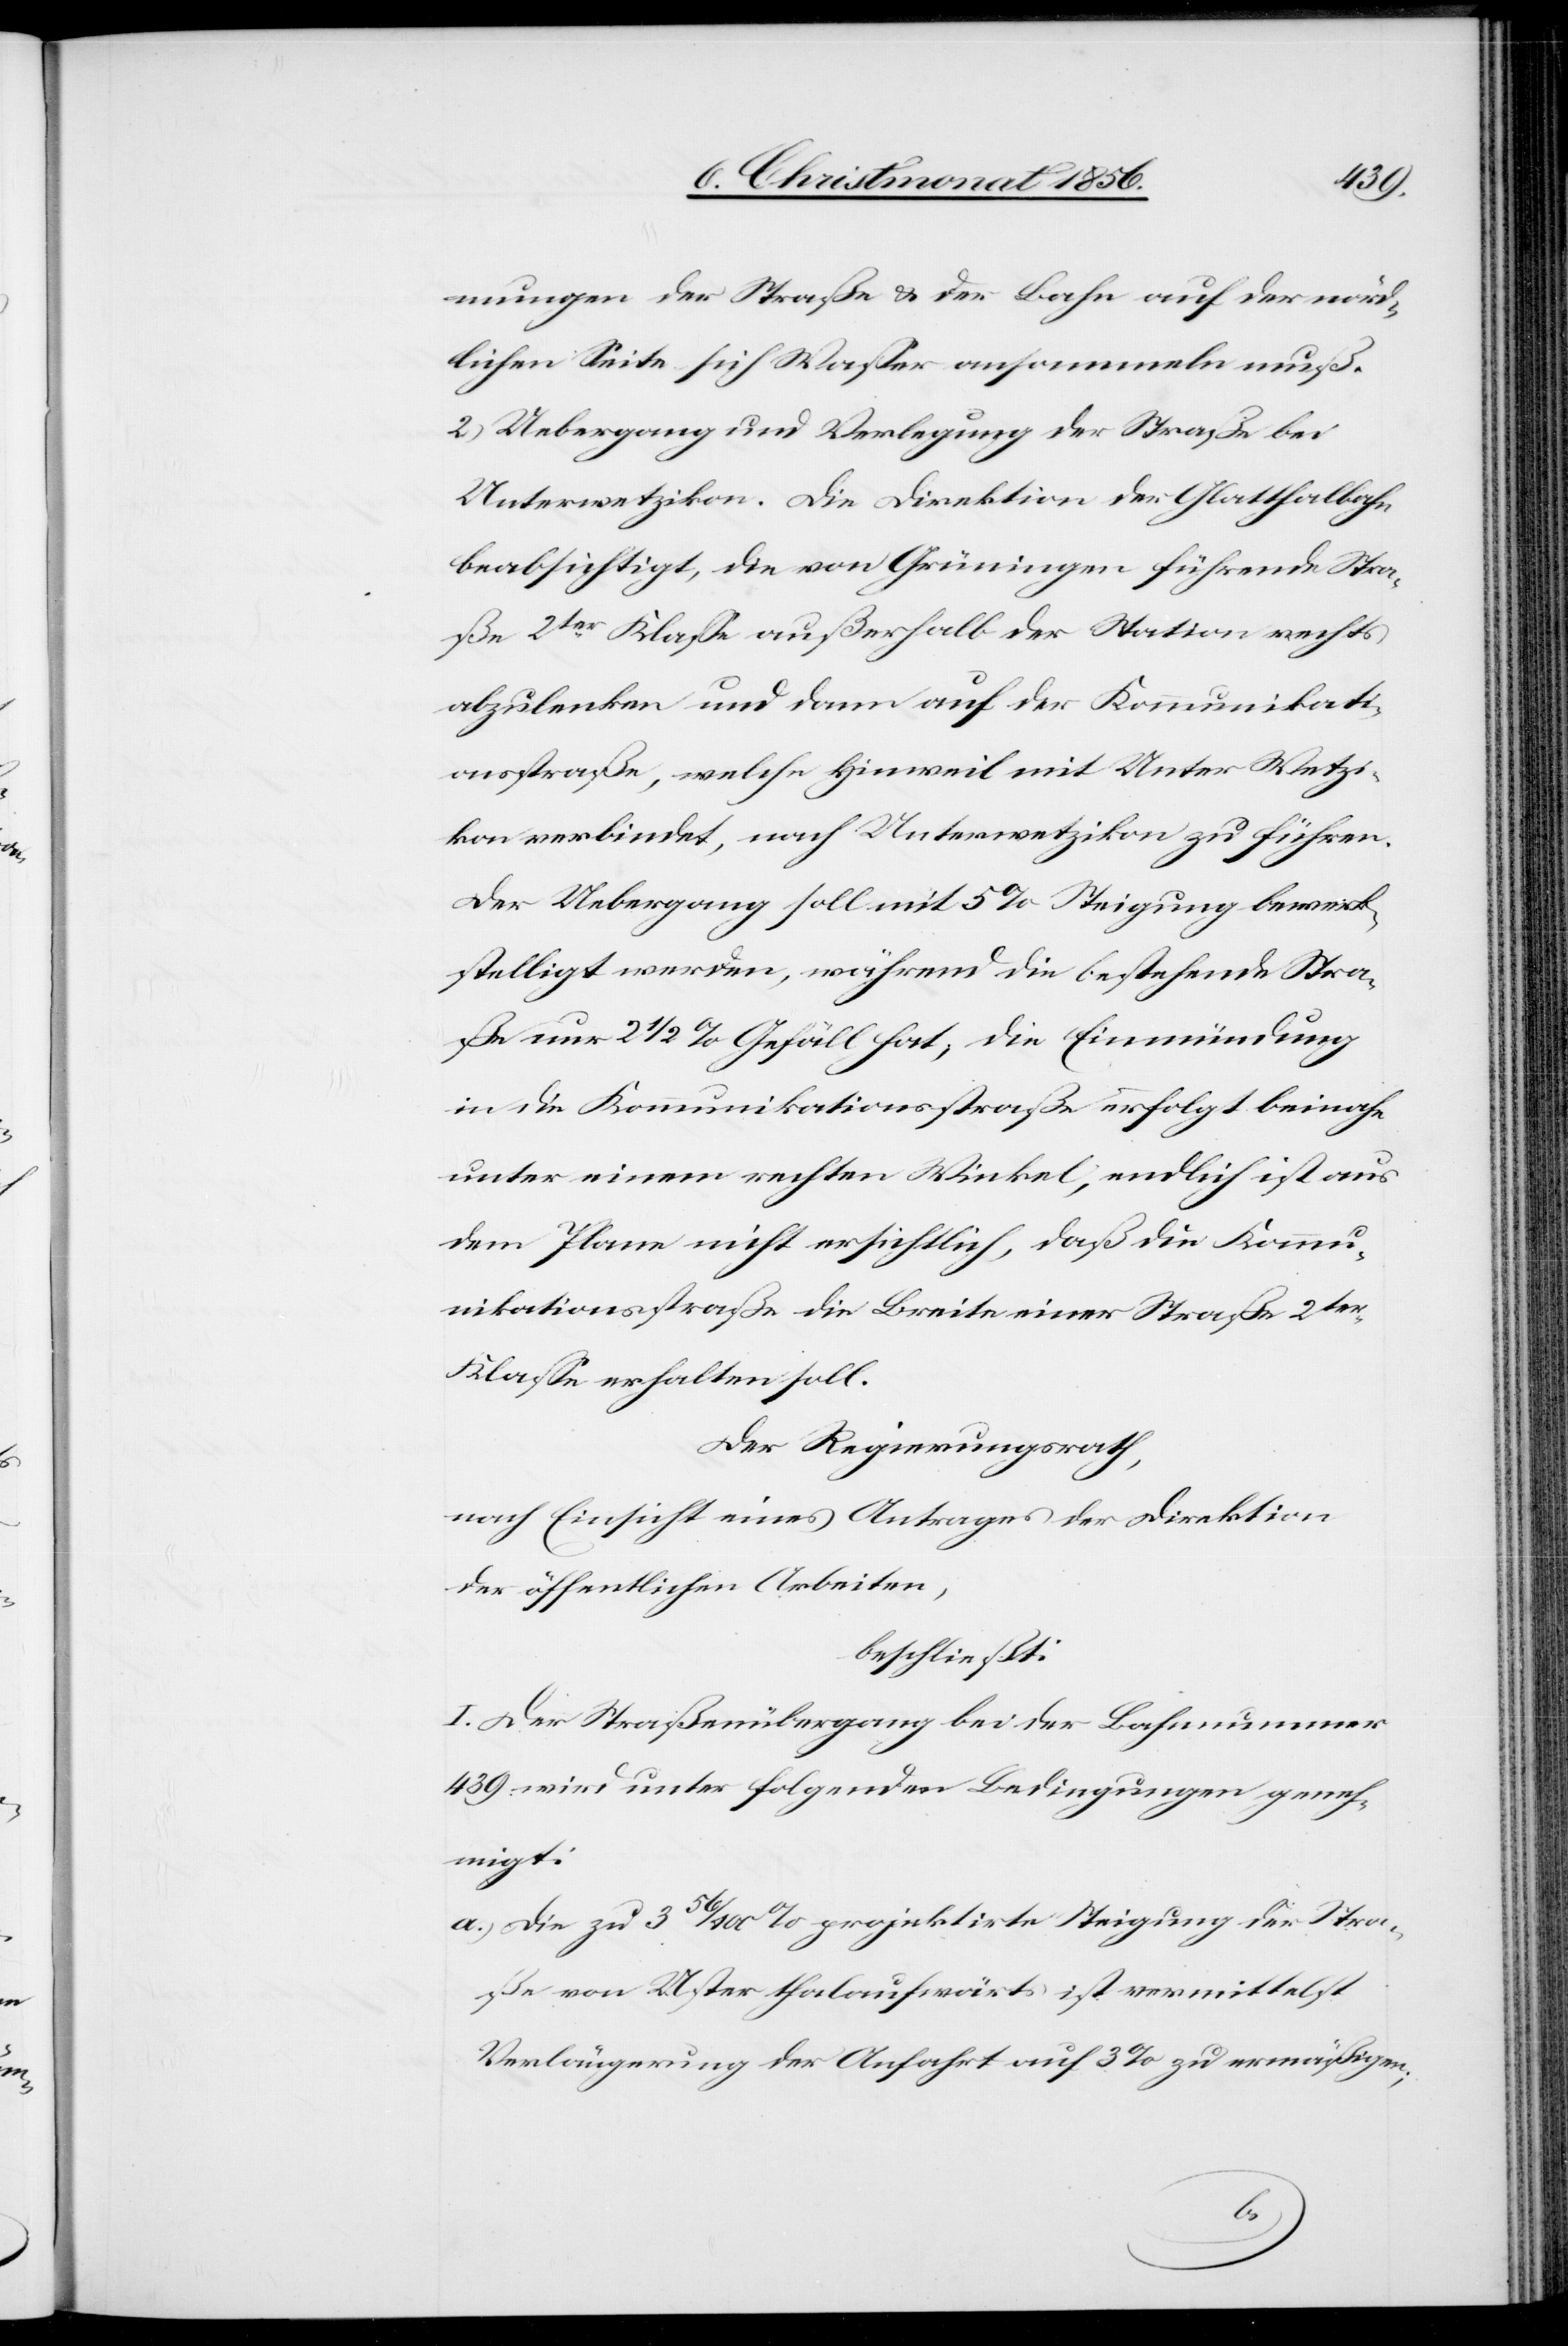
mungen der Straße & der Bahn auf der nörd¬
lichen Seite sich Wasser ansammeln muß.
2.) Uebergang und Verlegung der Straße bei
Unterwetzikon. Die Direktion der Glatthalbahn
beabsichtigt, die von Grüningen führende Stra¬
ße 2ter Klasse außerhalb der Station rechts
abzulenken und dann auf der Kommunikati¬
onsstraße, welche Hinweil mit Unter[-]Wetzi¬
kon verbindet, nach Unterwetzikon zu führen.
Der Uebergang soll mit 5% Steigung bewerk¬
stelligt werden, während die bestehende Stra¬
ße nur 2 ½ % Gefäll hat, die Einmündung
in die Kommunikationsstraße erfolgt beinahe
unter einem rechten Winkel, endlich ist aus
dem Plane nicht ersichtlich, daß die Kommu¬
nikationsstraße die Breite einer Straße 2ter
Klasse erhalten soll.
Der Regierungsrath,
nach Einsicht eines Antrages der Direktion
der öffentlichen Arbeiten,
beschließt:
I. Der Straßenübergang bei der Bahnnummer
439 wird unter folgenden Bedingungen geneh¬
migt:
a.) Die zu 3 56/100 % projektirte Steigung der Stra¬
ße von Uster thalaufwärts ist vermittelst
Verlängerung der Anfahrt auf 3% zu ermäßigen;